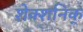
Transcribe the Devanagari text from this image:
शेक्शनिक्